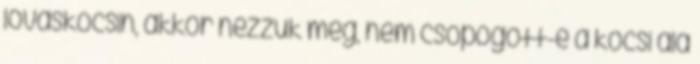
lovaskocsin, akkor nézzük meg, nem csöpögött-e a kocsi alá